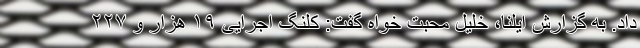
داد. به گزارش ایلنا، خلیل محبت خواه گفت: کلنگ اجرایی ۱۹ هزار و ۲۲۷